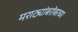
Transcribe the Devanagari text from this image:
मराठ्यांबरोबरच्या